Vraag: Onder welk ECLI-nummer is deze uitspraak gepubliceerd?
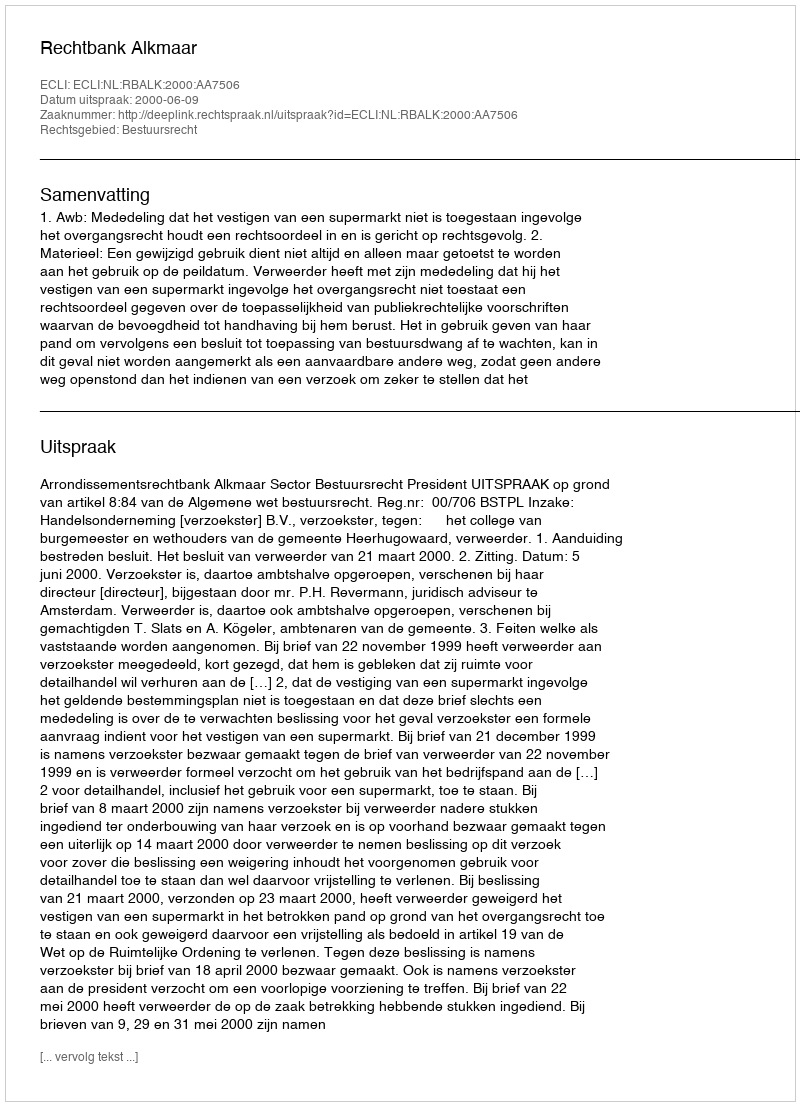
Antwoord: ECLI:NL:RBALK:2000:AA7506